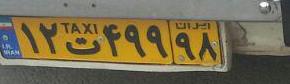
۱۲ت۴۹۹۹۸